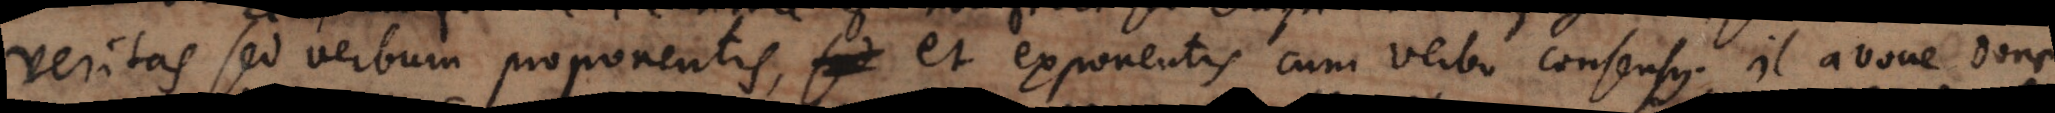
veritas sed verbum proponentis et exponentis cum verbo consensus. il avoue donc